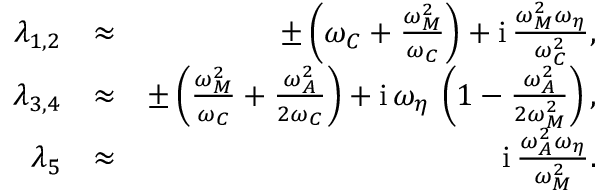
\begin{array} { r l r } { \lambda _ { 1 , 2 } } & { \approx } & { \pm \left( \omega _ { C } + \frac { \omega _ { M } ^ { 2 } } { \omega _ { C } } \right) + \mathrm { i } \, \frac { \omega _ { M } ^ { 2 } \omega _ { \eta } } { \omega _ { C } ^ { 2 } } , } \\ { \lambda _ { 3 , 4 } } & { \approx } & { \pm \left( \frac { \omega _ { M } ^ { 2 } } { \omega _ { C } } + \frac { \omega _ { A } ^ { 2 } } { 2 \omega _ { C } } \right) + \mathrm { i } \, \omega _ { \eta } \, \left( 1 - \frac { \omega _ { A } ^ { 2 } } { 2 \omega _ { M } ^ { 2 } } \right) , } \\ { \lambda _ { 5 } } & { \approx } & { \mathrm { i } \, \frac { \omega _ { A } ^ { 2 } \omega _ { \eta } } { \omega _ { M } ^ { 2 } } . } \end{array}